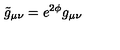
\tilde { g } _ { \mu \nu } = e ^ { 2 \phi } g _ { \mu \nu }